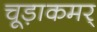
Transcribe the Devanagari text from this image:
चूड़ाकमर्